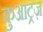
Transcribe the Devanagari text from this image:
कुआट्रज़